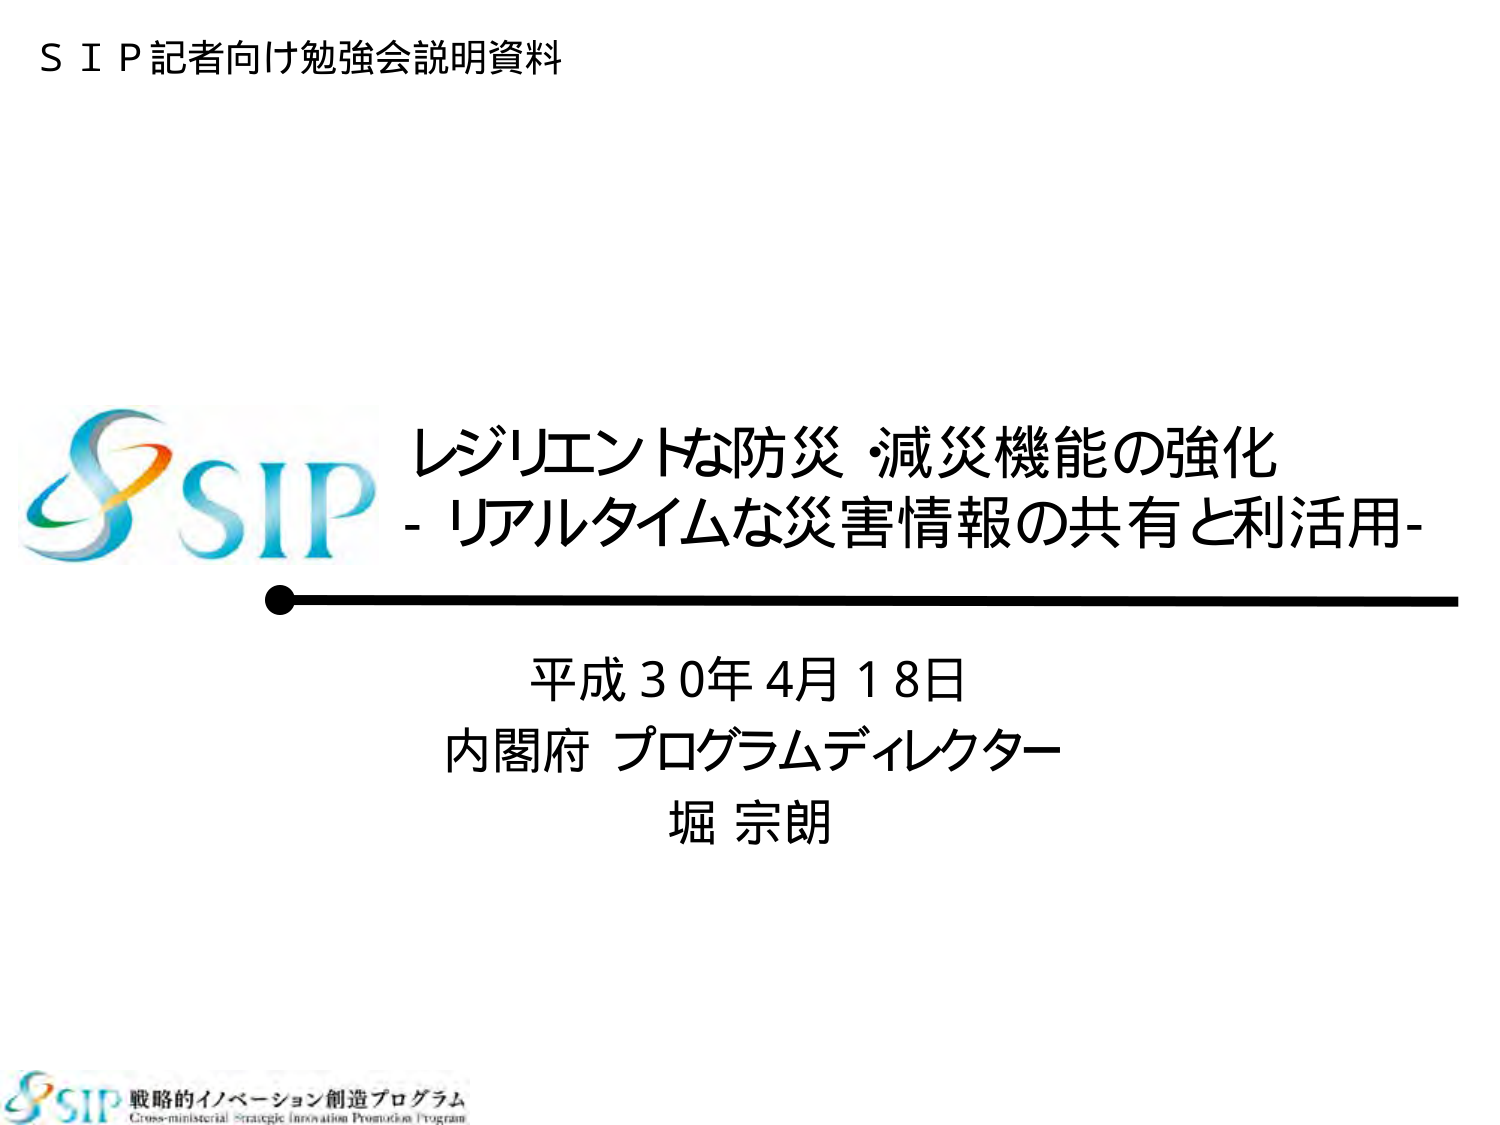
S I P 記者向け勉強会説明資料

SIP レジリエントな防災・減災機能の強化
- リアルタイムな災害情報の共有と利活用-

平成30年4月18日
内閣府 プログラムディレクター
堀 宗朗

SIP 戦略的イノベーション創造プログラム
Cross-ministerial Strategic Innovation Promotion Program